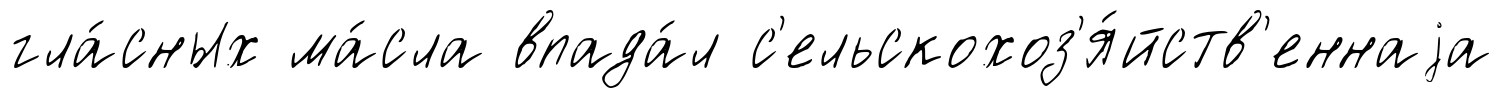
гла́сных ма́сла впада́л с'ельскохоз'я́йств'еннаjа